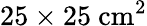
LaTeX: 25\times 25~\mathrm{cm^{2}}